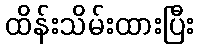
ထိန်းသိမ်းထားပြီး